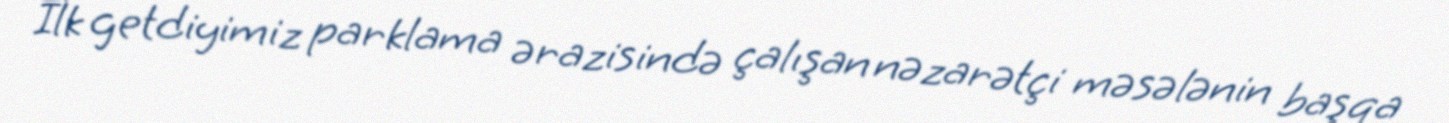
İlk getdiyimiz parklama ərazisində çalışan nəzarətçi məsələnin başqa